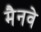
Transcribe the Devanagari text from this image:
मैनवे